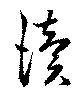
讀